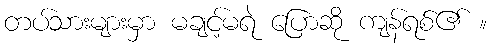
တပ်သားများမှာ မချင့်မရဲ ပြောဆို ကျန်ရစ်၏ ။